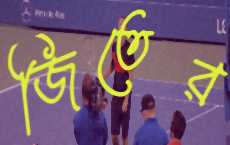
জিতের